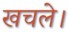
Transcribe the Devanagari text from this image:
खचले।